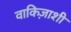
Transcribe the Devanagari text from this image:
वाकिज़ाशी